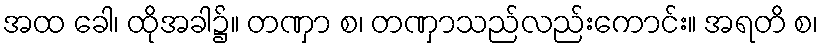
အထ ခေါ၊ ထိုအခါ၌။ တဏှာ စ၊ တဏှာသည်လည်းကောင်း။ အရတိ စ၊